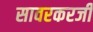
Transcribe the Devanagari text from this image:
सावरकरजी